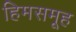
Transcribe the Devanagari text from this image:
हिमसमूह